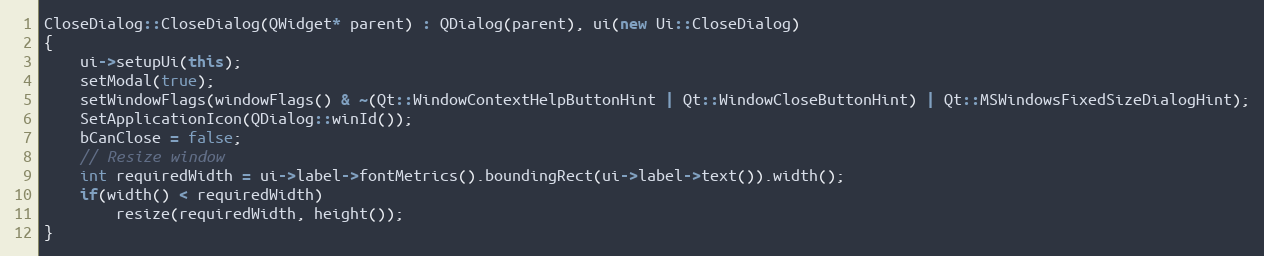
Language: C++
CloseDialog::CloseDialog(QWidget* parent) : QDialog(parent), ui(new Ui::CloseDialog)
{
    ui->setupUi(this);
    setModal(true);
    setWindowFlags(windowFlags() & ~(Qt::WindowContextHelpButtonHint | Qt::WindowCloseButtonHint) | Qt::MSWindowsFixedSizeDialogHint);
    SetApplicationIcon(QDialog::winId());
    bCanClose = false;
    // Resize window
    int requiredWidth = ui->label->fontMetrics().boundingRect(ui->label->text()).width();
    if(width() < requiredWidth)
        resize(requiredWidth, height());
}